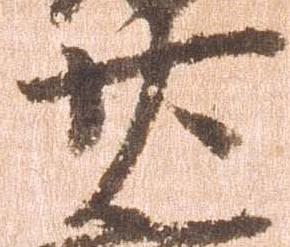
廿